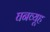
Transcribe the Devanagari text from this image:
घनव्यूह